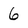
Character: 6